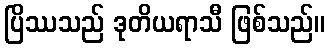
ပြိဿသည် ဒုတိယရာသီ ဖြစ်သည်။